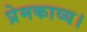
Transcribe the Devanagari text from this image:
प्रेमकाव्य।